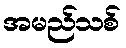
အမည်သစ်